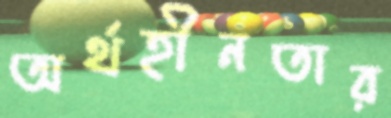
অর্থহীনতার